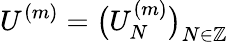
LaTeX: U^{(m)}=\big(U_{N}^{(m)}\big)_{N\in\mathbb{Z}}